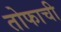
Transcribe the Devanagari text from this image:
तोफाची